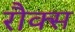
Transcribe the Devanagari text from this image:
रौक्स